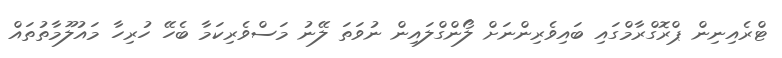
ޓްރެއިނިން ޕްރޮގްރާމްގައި ބައިވެރިންނަށް ލޯންގްލައިން ނުވަތަ ލޭނު މަސްވެރިކަމާ ބެހޭ ހުރިހާ މައުލޫމާތުތައް